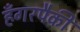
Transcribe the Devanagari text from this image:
हँगरपैकी